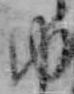
ゆ